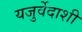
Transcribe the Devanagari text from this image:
यजुर्वेदाशी